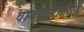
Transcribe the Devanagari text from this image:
वाक्यामागील